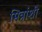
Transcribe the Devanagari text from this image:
मित्रांशी